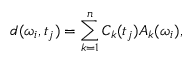
d ( \omega _ { i } , t _ { j } ) = \sum _ { k = 1 } ^ { n } C _ { k } ( t _ { j } ) A _ { k } ( \omega _ { i } ) ,